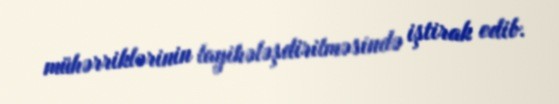
mühərriklərinin layihələşdirilməsində iştirak edib.